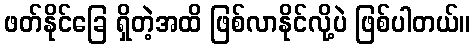
ဖတ်နိုင်ခြေ ရှိတဲ့အထိ ဖြစ်လာနိုင်လို့ပဲ ဖြစ်ပါတယ်။